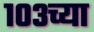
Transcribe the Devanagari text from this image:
१०३च्या